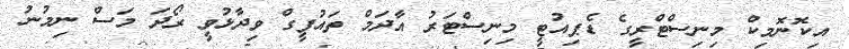
އިކޮނޮމިކް މިނިސްްޓްރީގެ ޑެޕިއުޓީ މިނިސްޓަރު އާދަމް ތައުފީގް ވިދާޅުވީ ރޯދަ މަސް ނިމުނު